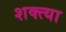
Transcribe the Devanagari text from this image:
शक्त्या